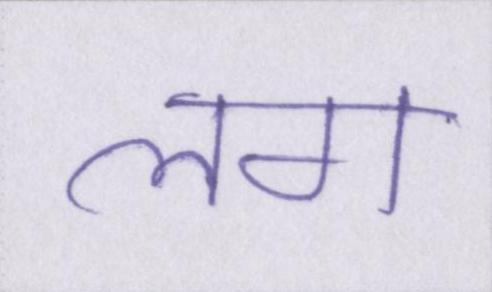
लग